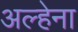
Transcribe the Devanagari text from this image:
अल्हेना